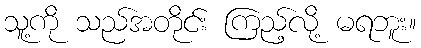
သူ့ကို သည်အတိုင်း ကြည့်လို့ မရဘူး။